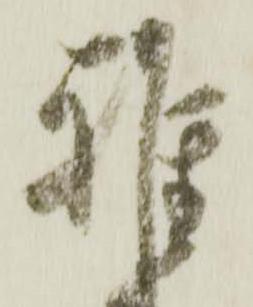
雅